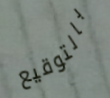
بالتوقيع